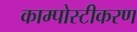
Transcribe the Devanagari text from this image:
काम्पोस्टीकरण